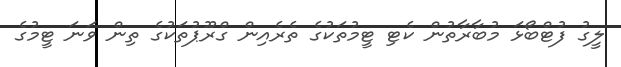
ލީގު ފުޓްބޯޅަ މުބާރާތުން ކެޓި ޓީމުތަކުގެ ތެރެއިން ގްރޫޕުތަކުގެ ތިން ވަނަ ޓީމުގެ